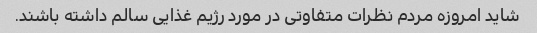
شاید امروزه مردم نظرات متفاوتی در مورد رژیم غذایی سالم داشته باشند.